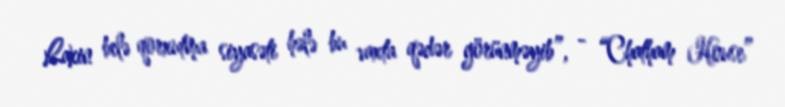
Lakin belə qorxutma siyasəti hələ bu vaxta qədər görünməyib”, - “Chatham House”